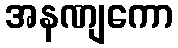
အနဏျကော